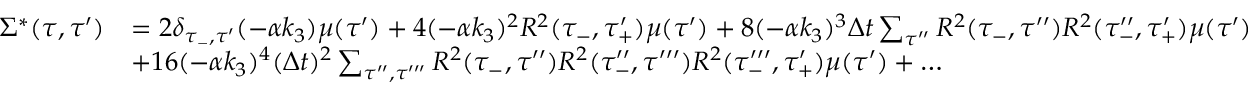
\begin{array} { r l } { \Sigma ^ { * } ( \tau , \tau ^ { \prime } ) } & { = 2 \delta _ { \tau _ { - } , \tau ^ { \prime } } ( - \alpha k _ { 3 } ) \mu ( \tau ^ { \prime } ) + 4 ( - \alpha k _ { 3 } ) ^ { 2 } R ^ { 2 } ( \tau _ { - } , \tau _ { + } ^ { \prime } ) \mu ( \tau ^ { \prime } ) + 8 ( - \alpha k _ { 3 } ) ^ { 3 } \Delta t \sum _ { \tau ^ { \prime \prime } } R ^ { 2 } ( \tau _ { - } , \tau ^ { \prime \prime } ) R ^ { 2 } ( \tau _ { - } ^ { \prime \prime } , \tau _ { + } ^ { \prime } ) \mu ( \tau ^ { \prime } ) } \\ & { + 1 6 ( - \alpha k _ { 3 } ) ^ { 4 } ( \Delta t ) ^ { 2 } \sum _ { \tau ^ { \prime \prime } , \tau ^ { \prime \prime \prime } } R ^ { 2 } ( \tau _ { - } , \tau ^ { \prime \prime } ) R ^ { 2 } ( \tau _ { - } ^ { \prime \prime } , \tau ^ { \prime \prime \prime } ) R ^ { 2 } ( \tau _ { - } ^ { \prime \prime \prime } , \tau _ { + } ^ { \prime } ) \mu ( \tau ^ { \prime } ) + \dots } \end{array}